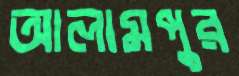
আলামপুর